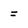
Character: J